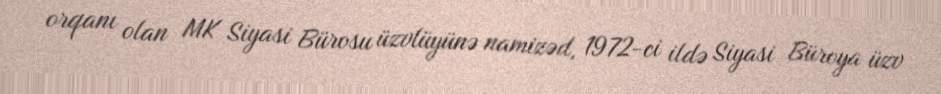
orqanı olan MK Siyasi Bürosu üzvlüyünə namizəd, 1972-ci ildə Siyasi Büroya üzv